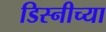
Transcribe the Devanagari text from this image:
डिस्नीच्या